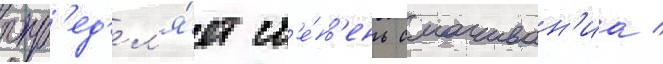
опр'ед'ел'я́ет ст'е́п'ень смачиван'иа /